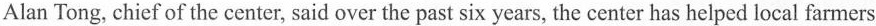
Alan Tong, chief of the center, said over the past six years, the center has helped local farmers